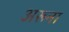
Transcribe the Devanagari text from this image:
अरूना